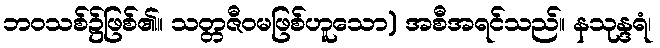
ဘဝသစ်၌ဖြစ်၏။ သတ္တဇီဝမဖြစ်ဟူသော) အစီအရင်သည်။ နသုန္ဒရံ၊